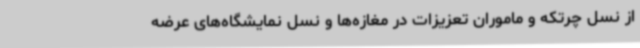
از نسل چرتکه و ماموران تعزیزات در مغازه‌ها و نسل نمایشگاه‌های عرضه